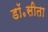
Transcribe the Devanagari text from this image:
डॉ॰सीता